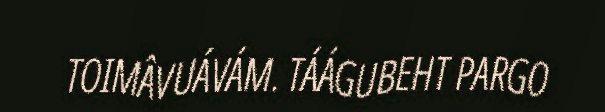
TOIMÂVUÁVÁM. TÁÁGUBEHT PARGO